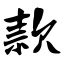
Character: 款